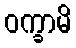
ဝက္ခာမိ